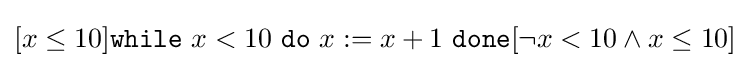
[x\leq 10]{\texttt {while}}\ x<10\ {\texttt {do}}\ x:=x+1\ {\texttt {done}}[\neg x<10\wedge x\leq 10]